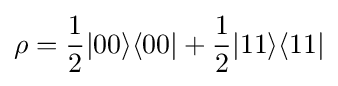
\rho ={\frac {1}{2}}|00\rangle \langle 00|+{\frac {1}{2}}|11\rangle \langle 11|